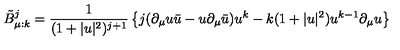
\tilde { B } _ { \mu : k } ^ { j } = \frac { 1 } { ( 1 + | u | ^ { 2 } ) ^ { j + 1 } } \left\{ j ( \partial _ { \mu } u \bar { u } - u \partial _ { \mu } \bar { u } ) u ^ { k } - k ( 1 + | u | ^ { 2 } ) u ^ { k - 1 } \partial _ { \mu } u \right\}